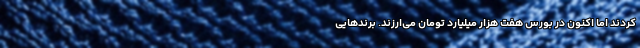
کردند اما اکنون در بورس هفت هزار میلیارد تومان می‌ارزند. برندهایی